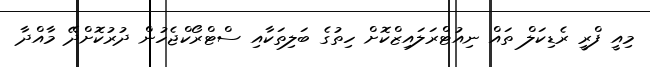
މިއީ ފްރީ ރެޑިކަލް ތައް ނިއުޓްރަލައިޒްކޮށް ހިތުގެ ބަލިތަކާއި ސްޓްރޯކްޖެހުން ދުރުކޮށްދޭ މާއްދާ